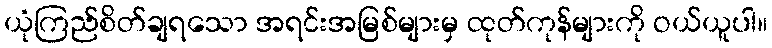
ယုံကြည်စိတ်ချရသော အရင်းအမြစ်များမှ ထုတ်ကုန်များကို ဝယ်ယူပါ။